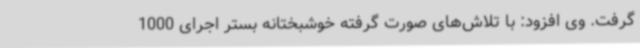
گرفت. وی افزود: با تلاش‌های صورت گرفته خوشبختانه بستر اجرای 1000